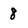
Character: 8